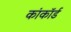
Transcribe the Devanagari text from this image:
कांकॉर्ड